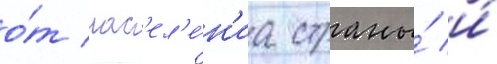
о́т нас'ел'е́н'иа страны́ и́